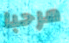
مرحبا